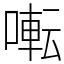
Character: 𫝚